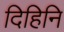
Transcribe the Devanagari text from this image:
दिहिनि